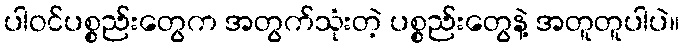
ပါဝင်ပစ္စည်းတွေက အတွက်သုံးတဲ့ ပစ္စည်းတွေနဲ့ အတူတူပါပဲ။